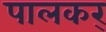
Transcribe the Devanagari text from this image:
पालकर्